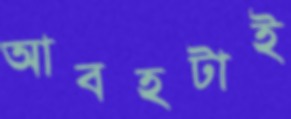
আবহটাই